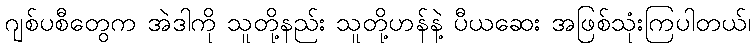
ဂျစ်ပစီတွေက အဲဒါကို သူတို့နည်း သူတို့ဟန်နဲ့ ပီယဆေး အဖြစ်သုံးကြပါတယ်၊